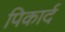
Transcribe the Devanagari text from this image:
पिकार्द